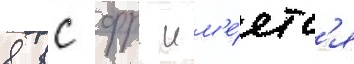
в вс фрг им'е́етс'я